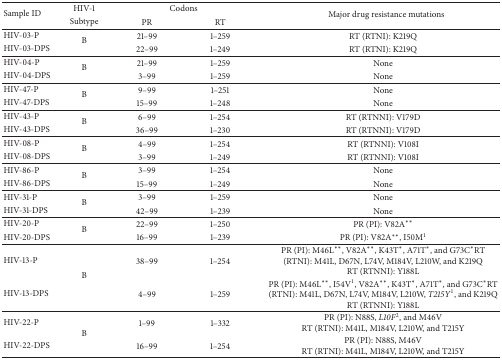
<table><thead><tr><td rowspan="2"><b>Sample ID</b></td><td><b>HIV-1</b></td><td colspan="2"><b>Codons</b></td><td rowspan="2"><b>Major drug resistance mutations</b></td></tr><tr><td><b> Subtype</b></td><td><b>PR</b></td><td><b>RT</b></td></tr></thead><tbody><tr><td>HIV-03-P</td><td rowspan="2">B</td><td>21–99</td><td>1–259</td><td>RT (RTNI): K219Q</td></tr><tr><td>HIV-03-DPS</td><td>22–99</td><td>1–249</td><td>RT (RTNI): K219Q</td></tr><tr><td>HIV-04-P</td><td rowspan="2">B</td><td>21–99</td><td>1–259</td><td>None</td></tr><tr><td>HIV-04-DPS</td><td>3–99</td><td>1–259</td><td>None</td></tr><tr><td>HIV-47-P</td><td rowspan="2">B</td><td>9–99</td><td>1–251</td><td>None</td></tr><tr><td>HIV-47-DPS</td><td>15–99</td><td>1–248</td><td>None</td></tr><tr><td>HIV-43-P</td><td rowspan="2">B</td><td>6–99</td><td>1–254</td><td>RT (RTNNI): V179D</td></tr><tr><td>HIV-43-DPS</td><td>36–99</td><td>1–230</td><td>RT (RTNNI): V179D</td></tr><tr><td>HIV-08-P</td><td rowspan="2">B</td><td>4–99</td><td>1–254</td><td>RT (RTNNI): V108I</td></tr><tr><td>HIV-08-DPS</td><td>3–99</td><td>1–249</td><td>RT (RTNNI): V108I</td></tr><tr><td>HIV-86-P</td><td rowspan="2">B</td><td>3–99</td><td>1–254</td><td>None</td></tr><tr><td>HIV-86-DPS</td><td>15–99</td><td>1–249</td><td>None</td></tr><tr><td>HIV-31-P</td><td rowspan="2">B</td><td>3–99</td><td>1–259</td><td>None</td></tr><tr><td>HIV-31-DPS</td><td>42–99</td><td>1–239</td><td>None</td></tr><tr><td>HIV-20-P</td><td rowspan="2">B</td><td>22–99</td><td>1–250</td><td>PR (PI): V82A<sup><i>∗∗</i></sup></td></tr><tr><td>HIV-20-DPS</td><td>16–99</td><td>1–239</td><td>PR (PI): V82A<sup><i>∗∗</i></sup>, I50M<sup>1</sup></td></tr><tr><td>HIV-13-P</td><td rowspan="2">B</td><td>38–99</td><td>1–254</td><td>PR (PI): M46L<sup><i>∗∗</i></sup>, V82A<sup><i>∗∗</i></sup>, K43T<sup><i>∗</i></sup>, A71T<sup><i>∗</i></sup>, and G73C<sup><i>∗</i></sup>RT (RTNI): M41L, D67N, L74V, M184V, L210W, and K219QRT (RTNNI): Y188L</td></tr><tr><td>HIV-13-DPS</td><td>4–99</td><td>1–259</td><td>PR (PI): M46L<sup><i>∗∗</i></sup>, I54V<sup>1</sup>, V82A<sup><i>∗∗</i></sup>, K43T<sup><i>∗</i></sup>, A71T<sup><i>∗</i></sup>, and G73C<sup><i>∗</i></sup>RT (RTNI): M41L, D67N, L74V, M184V, L210W, <i>T215Y</i><sup>1</sup>, and K219QRT (RTNNI): Y188L</td></tr><tr><td>HIV-22-P</td><td rowspan="2">B</td><td>1–99</td><td>1–332</td><td>PR (PI): N88S, <i>L10F</i><sup>2</sup>, and M46VRT (RTNI): M41L, M184V, L210W, and T215Y</td></tr><tr><td>HIV-22-DPS</td><td>16–99</td><td>1–254</td><td>PR (PI): N88S, M46VRT (RTNI): M41L, M184V, L210W, and T215Y</td></tr></tbody></table>